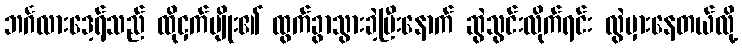
ဘင်္ဂလားဒေ့ရ်ှသည် ထိုငှက်မျိုး၏ ထွက်ခွာသွားခဲ့ပြီးနောက် ဆွဲသွင်းလိုက်ရင်း လွဲမှားနေတယ်လို့